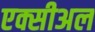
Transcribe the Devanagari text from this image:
एक्सीअल